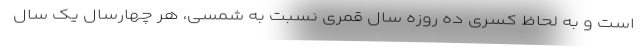
است و به لحاظ کسری ده روزه سال قمری نسبت به شمسی، هر چهارسال یک سال